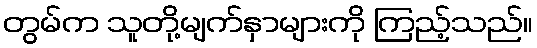
တွမ်က သူတို့မျက်နှာများကို ကြည့်သည်။